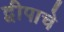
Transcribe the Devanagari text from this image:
द्वीपाचे